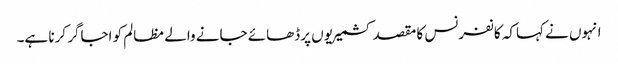
انہوں نے کہاکہ کانفرنس کا مقصد کشمیریوں پرڈھائے جانے والے مظالم کو اجاگر کرنا ہے۔